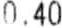
0.40